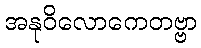
အနုဝိလောကေတဗ္ဗာ